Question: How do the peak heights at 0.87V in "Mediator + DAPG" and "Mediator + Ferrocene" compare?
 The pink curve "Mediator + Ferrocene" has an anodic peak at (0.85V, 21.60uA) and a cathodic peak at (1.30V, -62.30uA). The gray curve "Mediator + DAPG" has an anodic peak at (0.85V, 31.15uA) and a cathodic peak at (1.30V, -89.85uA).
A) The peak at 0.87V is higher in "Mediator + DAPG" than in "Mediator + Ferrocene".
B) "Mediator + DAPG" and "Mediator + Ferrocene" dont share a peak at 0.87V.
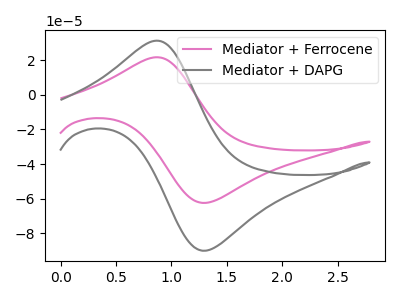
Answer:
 <answer>A) The peak at 0.87V is higher in "Mediator + DAPG" than in "Mediator + Ferrocene".</answer>
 <eval>A</eval>